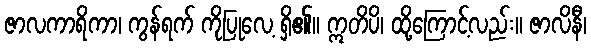
ဇာလကာရိကာ၊ ကွန်ရက် ကိုပြုလေ့ ရှိ၏။ ဣတိပိ၊ ထို့ကြောင့်လည်း။ ဇာလိနီ၊